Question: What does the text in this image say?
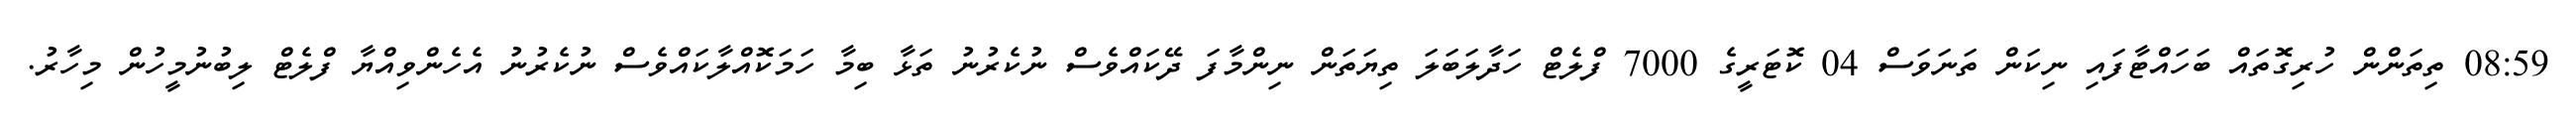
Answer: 08:59 ތިތަންން ހުރިގޮތައް ބަހައްޓާފައި ނިކަން ތަނަވަސް 04 ކޮޓަރީގެ 7000 ފްލެޓް ހަދާލަބަލަ ތިޔަތަން ނިންމާފަ ދޭކައްވެސް ނުކެރުނު ތަޅާ ބިމާ ހަމަކޮއްލާކައްވެސް ނުކެރުނު އެހެންވިއްޔާ ފްލެޓް ލިބުނުމީހުން މިހާރު.